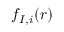
f _ { I , i } ( \boldsymbol { r } )